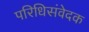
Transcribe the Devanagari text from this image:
परिधिसंवेदक